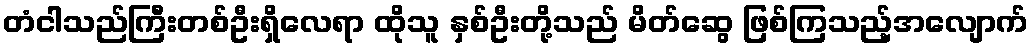
တံငါသည်ကြီးတစ်ဦးရှိလေရာ ထိုသူ နှစ်ဦးတို့သည် မိတ်ဆွေ ဖြစ်ကြသည့်အလျောက်